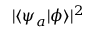
| \langle \psi _ { a } | \phi \rangle | ^ { 2 }